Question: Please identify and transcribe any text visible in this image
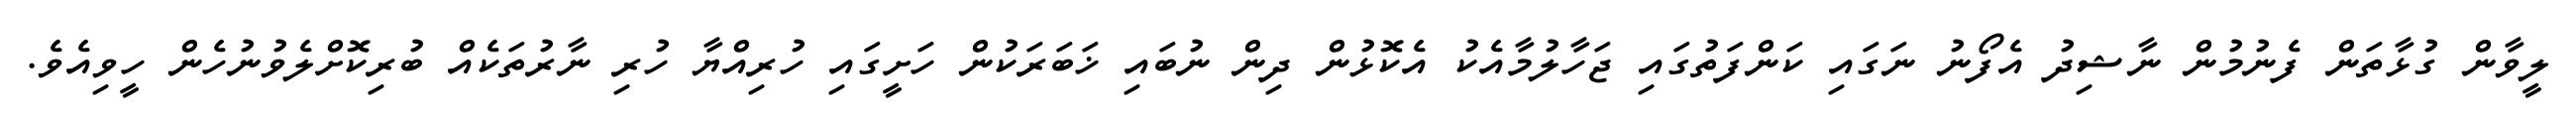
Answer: ލީވާން ގުޅާތަން ފެނުމުން ނާޝިދު އެފޯނު ނަގައި ކަންފަތުގައި ޖަހާލުމާއެކު އެކޮޅުން ދިން ނުބައި ޚަބަރަކުން ހަށީގައި ހުރިއްޔާ ހުރި ނާރުތަކެއް ބުރިކޮށްލެވުނުހެން ހީވިއެވެ.